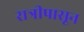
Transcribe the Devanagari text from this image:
रात्रीपासून